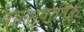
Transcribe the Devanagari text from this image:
वानस्पातिक